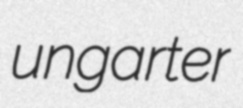
ungarter